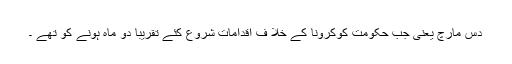
دس مارچ یعنی جب حکومت کوکرونا کے خلا ف اقدامات شروع کئے تقریباََ دو ماہ ہونے کو تھے ۔